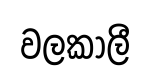
වලකාලී